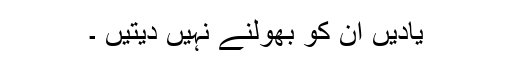
یادیں اُن کو بھولنے نہیں دیتیں ۔